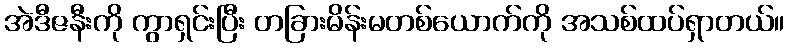
အဲဒီဇနီးကို ကွာရှင်းပြီး တခြားမိန်းမတစ်ယောက်ကို အသစ်ထပ်ရှာတယ်။